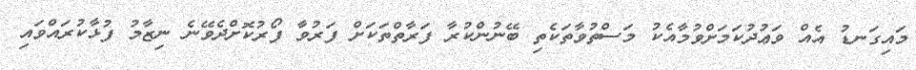
މައިގަނޑު އެއް ވަޢުދުކަމަށްވުމާއެކު މަސްތުވާތަކެތި ބޭނުންކުރާ ފަރާތްތަކަށް ފަރުވާ ފޯރުކޮށްދެވޭނެ ނިޒާމު ފުޅާކުރައްވައި